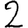
Digit: 2